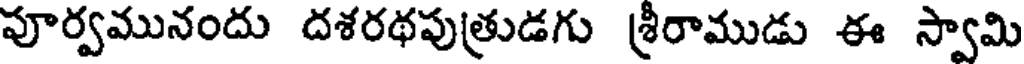
పూర్వమునందు దశరథపుత్రుడగు శ్రీరాముడు ఈ స్వామి